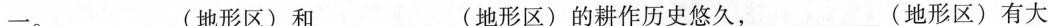
一。___(地形区)和___(地形区)的耕作历史悠久，___地形区)有大